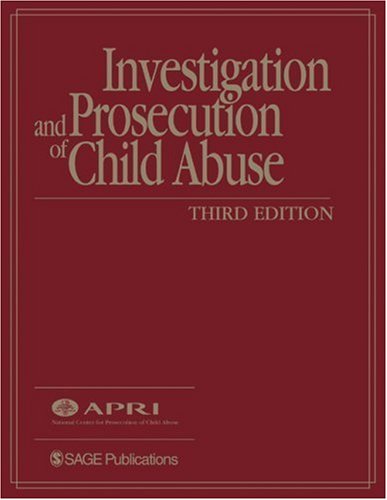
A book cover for Investigation and Prosecution of Child Abuse; American Prosecutors Research Institute; Politics & Social Sciences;